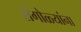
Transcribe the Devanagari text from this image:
रांगोळ्यांना